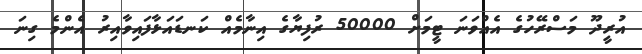
އުރީދޫ މަސްރޭހުގެ އެއްވަނަ ޓީމަށް 50000 ރުފިޔާގެ އިނާމެއް ކަނޑައަޅާފައިވާއިރު އެންމެ ގިނަ